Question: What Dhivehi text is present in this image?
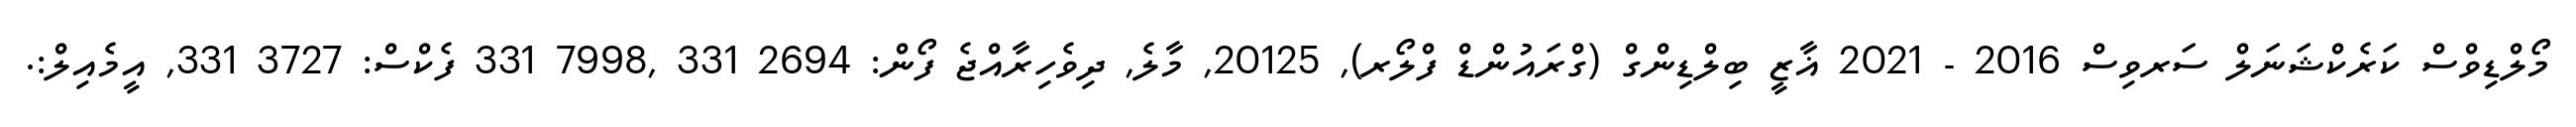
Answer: މޯލްޑިވްސް ކަރެކްޝަނަލް ސަރވިސް 2016 - 2021 ޣާޒީ ބިލްޑިންގް (ގްރައުންޑް ފްލޯރ), 20125, މާލެ, ދިވެހިރާއްޖެ ފޯން: 2694 331 ,7998 331 ފެކްސް: 3727 331, އީމެއިލް:.